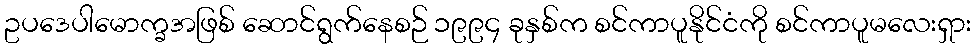
ဥပဒေပါမောက္ခအဖြစ် ဆောင်ရွက်နေစဉ် ၁၉၉၄ ခုနှစ်က စင်ကာပူနိုင်ငံကို စင်ကာပူမလေးရှား